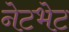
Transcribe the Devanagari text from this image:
नेटभेट